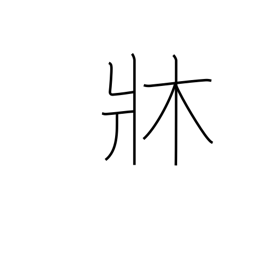
Meaning: chassis